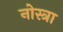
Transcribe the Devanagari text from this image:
नोस्त्रा